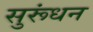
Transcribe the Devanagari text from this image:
सुरूंधन